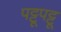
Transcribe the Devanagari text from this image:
पट्टूपट्टू